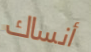
أنساك